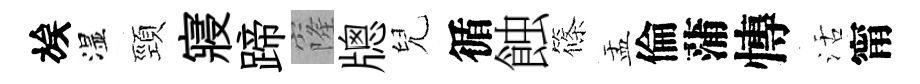
族湿頸寢蹄窿牕兒循蝕篠盂倫蒲慱活甯